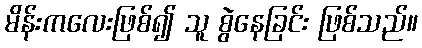
မိန်းကလေးဖြစ်၍ သူ စွဲနေခြင်း ဖြစ်သည်။